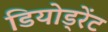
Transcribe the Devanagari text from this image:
डियोड्रेंट